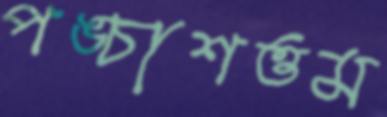
পঙ্চাশত্তম